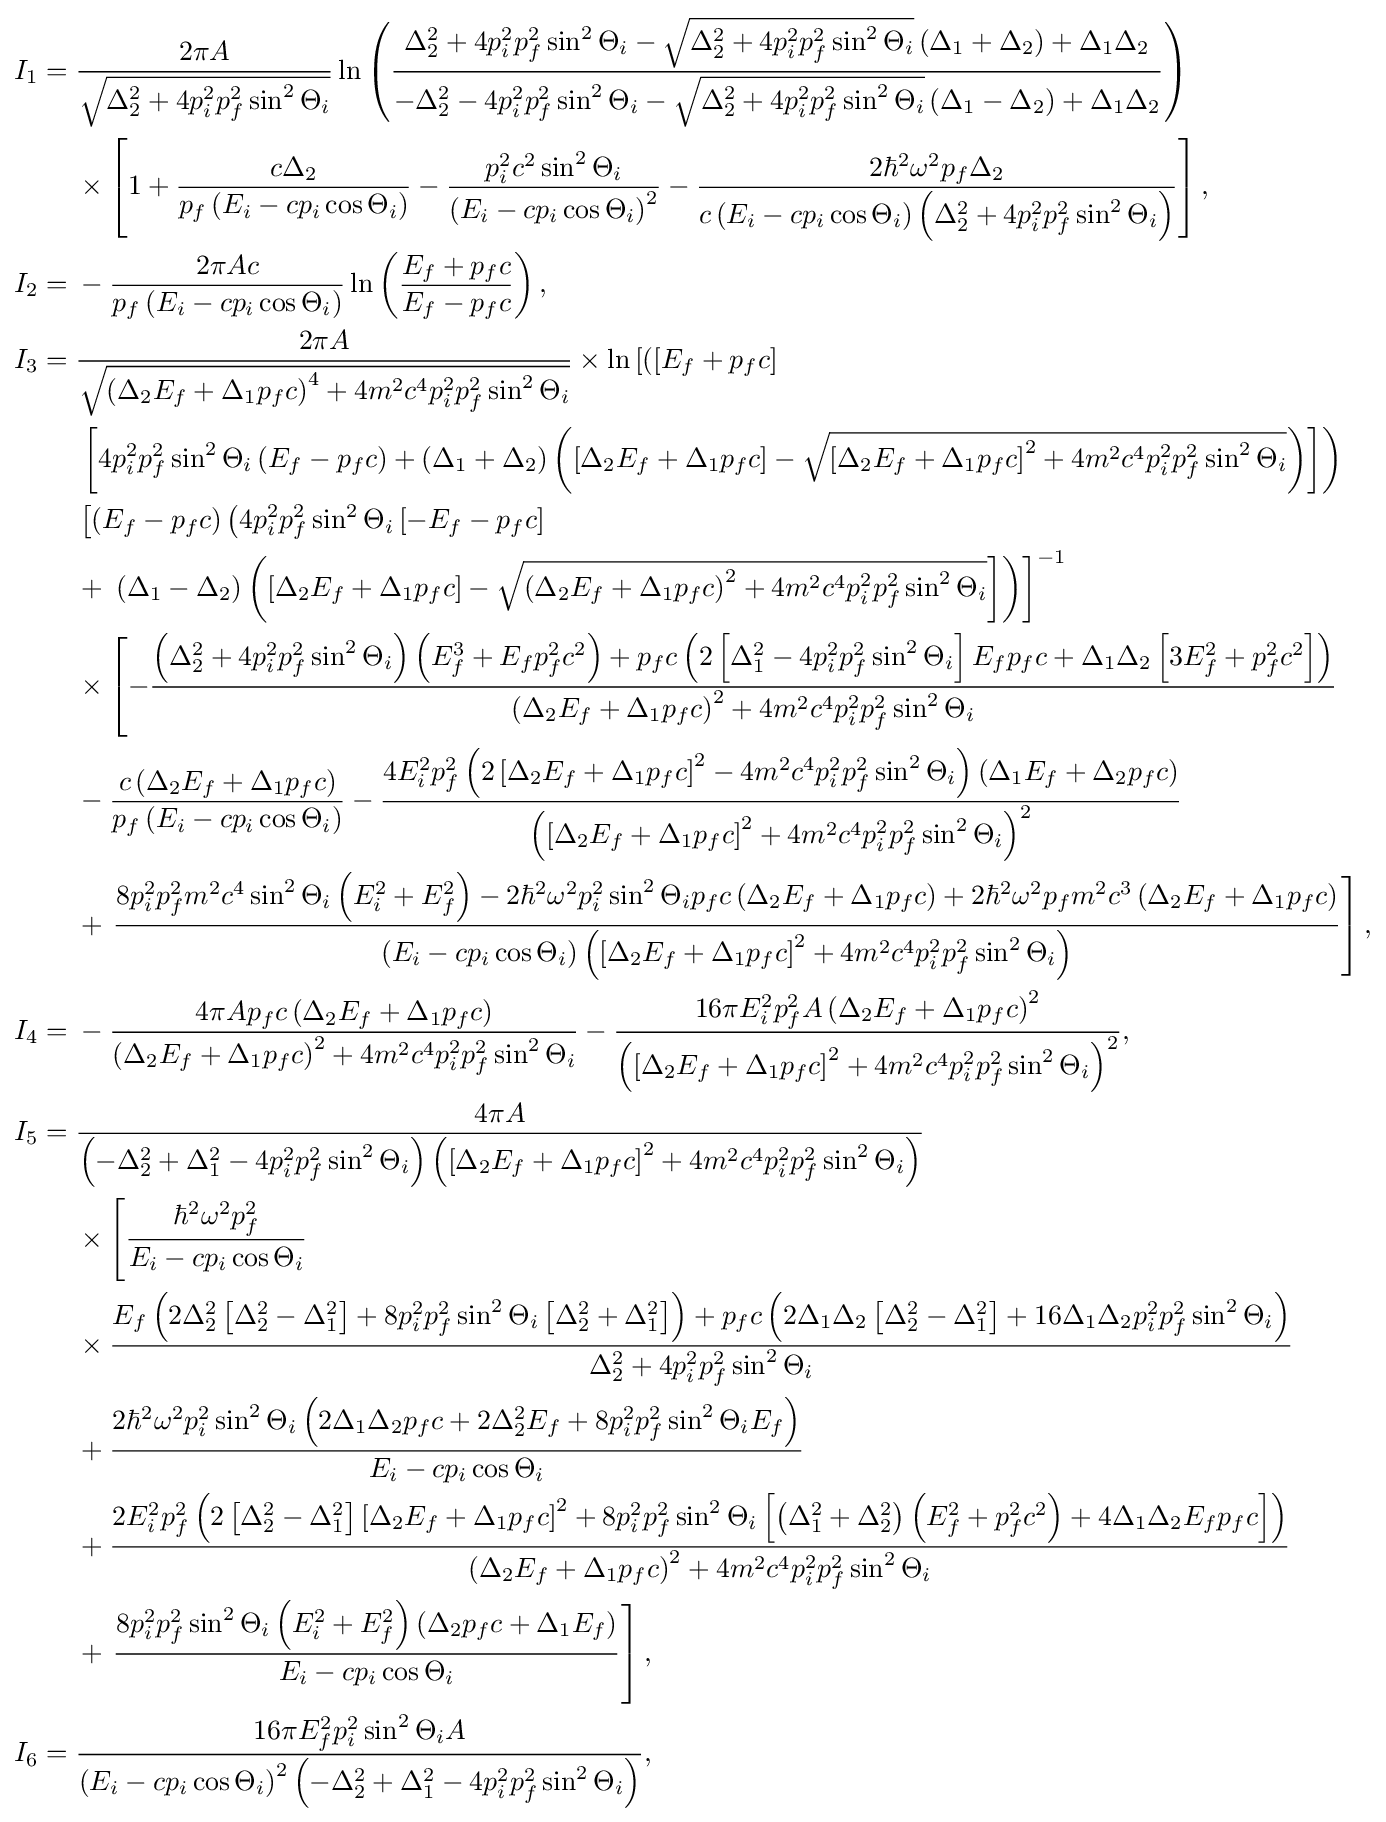
{\begin{aligned}I_{1}={}&{\frac {2\pi A}{\sqrt {\Delta _{2}^{2}+4p_{i}^{2}p_{f}^{2}\sin ^{2}\Theta _{i}}}}\ln \left({\frac {\Delta _{2}^{2}+4p_{i}^{2}p_{f}^{2}\sin ^{2}\Theta _{i}-{\sqrt {\Delta _{2}^{2}+4p_{i}^{2}p_{f}^{2}\sin ^{2}\Theta _{i}}}\left(\Delta _{1}+\Delta _{2}\right)+\Delta _{1}\Delta _{2}}{-\Delta _{2}^{2}-4p_{i}^{2}p_{f}^{2}\sin ^{2}\Theta _{i}-{\sqrt {\Delta _{2}^{2}+4p_{i}^{2}p_{f}^{2}\sin ^{2}\Theta _{i}}}\left(\Delta _{1}-\Delta _{2}\right)+\Delta _{1}\Delta _{2}}}\right)\\&{}\times \left[1+{\frac {c\Delta _{2}}{p_{f}\left(E_{i}-cp_{i}\cos \Theta _{i}\right)}}-{\frac {p_{i}^{2}c^{2}\sin ^{2}\Theta _{i}}{\left(E_{i}-cp_{i}\cos \Theta _{i}\right)^{2}}}-{\frac {2\hbar ^{2}\omega ^{2}p_{f}\Delta _{2}}{c\left(E_{i}-cp_{i}\cos \Theta _{i}\right)\left(\Delta _{2}^{2}+4p_{i}^{2}p_{f}^{2}\sin ^{2}\Theta _{i}\right)}}\right],\\I_{2}={}&-{\frac {2\pi Ac}{p_{f}\left(E_{i}-cp_{i}\cos \Theta _{i}\right)}}\ln \left({\frac {E_{f}+p_{f}c}{E_{f}-p_{f}c}}\right),\\I_{3}={}&{\frac {2\pi A}{\sqrt {\left(\Delta _{2}E_{f}+\Delta _{1}p_{f}c\right)^{4}+4m^{2}c^{4}p_{i}^{2}p_{f}^{2}\sin ^{2}\Theta _{i}}}}\times \ln \left[\left(\left[E_{f}+p_{f}c\right]\right.\right.\\&\left.\left[4p_{i}^{2}p_{f}^{2}\sin ^{2}\Theta _{i}\left(E_{f}-p_{f}c\right)+\left(\Delta _{1}+\Delta _{2}\right)\left(\left[\Delta _{2}E_{f}+\Delta _{1}p_{f}c\right]-{\sqrt {\left[\Delta _{2}E_{f}+\Delta _{1}p_{f}c\right]^{2}+4m^{2}c^{4}p_{i}^{2}p_{f}^{2}\sin ^{2}\Theta _{i}}}\right)\right]\right)\\&\left[\left(E_{f}-p_{f}c\right)\left(4p_{i}^{2}p_{f}^{2}\sin ^{2}\Theta _{i}\left[-E_{f}-p_{f}c\right]\right.\right.\\&{}+\left.\left.\left(\Delta _{1}-\Delta _{2}\right)\left(\left[\Delta _{2}E_{f}+\Delta _{1}p_{f}c\right]-{\sqrt {\left(\Delta _{2}E_{f}+\Delta _{1}p_{f}c\right)^{2}+4m^{2}c^{4}p_{i}^{2}p_{f}^{2}\sin ^{2}\Theta _{i}}}\right]\right)\right]^{-1}\\&{}\times \left[-{\frac {\left(\Delta _{2}^{2}+4p_{i}^{2}p_{f}^{2}\sin ^{2}\Theta _{i}\right)\left(E_{f}^{3}+E_{f}p_{f}^{2}c^{2}\right)+p_{f}c\left(2\left[\Delta _{1}^{2}-4p_{i}^{2}p_{f}^{2}\sin ^{2}\Theta _{i}\right]E_{f}p_{f}c+\Delta _{1}\Delta _{2}\left[3E_{f}^{2}+p_{f}^{2}c^{2}\right]\right)}{\left(\Delta _{2}E_{f}+\Delta _{1}p_{f}c\right)^{2}+4m^{2}c^{4}p_{i}^{2}p_{f}^{2}\sin ^{2}\Theta _{i}}}\right.\\&{}-{\frac {c\left(\Delta _{2}E_{f}+\Delta _{1}p_{f}c\right)}{p_{f}\left(E_{i}-cp_{i}\cos \Theta _{i}\right)}}-{\frac {4E_{i}^{2}p_{f}^{2}\left(2\left[\Delta _{2}E_{f}+\Delta _{1}p_{f}c\right]^{2}-4m^{2}c^{4}p_{i}^{2}p_{f}^{2}\sin ^{2}\Theta _{i}\right)\left(\Delta _{1}E_{f}+\Delta _{2}p_{f}c\right)}{\left(\left[\Delta _{2}E_{f}+\Delta _{1}p_{f}c\right]^{2}+4m^{2}c^{4}p_{i}^{2}p_{f}^{2}\sin ^{2}\Theta _{i}\right)^{2}}}\\&{}+\left.{\frac {8p_{i}^{2}p_{f}^{2}m^{2}c^{4}\sin ^{2}\Theta _{i}\left(E_{i}^{2}+E_{f}^{2}\right)-2\hbar ^{2}\omega ^{2}p_{i}^{2}\sin ^{2}\Theta _{i}p_{f}c\left(\Delta _{2}E_{f}+\Delta _{1}p_{f}c\right)+2\hbar ^{2}\omega ^{2}p_{f}m^{2}c^{3}\left(\Delta _{2}E_{f}+\Delta _{1}p_{f}c\right)}{\left(E_{i}-cp_{i}\cos \Theta _{i}\right)\left(\left[\Delta _{2}E_{f}+\Delta _{1}p_{f}c\right]^{2}+4m^{2}c^{4}p_{i}^{2}p_{f}^{2}\sin ^{2}\Theta _{i}\right)}}\right],\\I_{4}={}&{}-{\frac {4\pi Ap_{f}c\left(\Delta _{2}E_{f}+\Delta _{1}p_{f}c\right)}{\left(\Delta _{2}E_{f}+\Delta _{1}p_{f}c\right)^{2}+4m^{2}c^{4}p_{i}^{2}p_{f}^{2}\sin ^{2}\Theta _{i}}}-{\frac {16\pi E_{i}^{2}p_{f}^{2}A\left(\Delta _{2}E_{f}+\Delta _{1}p_{f}c\right)^{2}}{\left(\left[\Delta _{2}E_{f}+\Delta _{1}p_{f}c\right]^{2}+4m^{2}c^{4}p_{i}^{2}p_{f}^{2}\sin ^{2}\Theta _{i}\right)^{2}}},\\I_{5}={}&{\frac {4\pi A}{\left(-\Delta _{2}^{2}+\Delta _{1}^{2}-4p_{i}^{2}p_{f}^{2}\sin ^{2}\Theta _{i}\right)\left(\left[\Delta _{2}E_{f}+\Delta _{1}p_{f}c\right]^{2}+4m^{2}c^{4}p_{i}^{2}p_{f}^{2}\sin ^{2}\Theta _{i}\right)}}\\&{}\times \left[{\frac {\hbar ^{2}\omega ^{2}p_{f}^{2}}{E_{i}-cp_{i}\cos \Theta _{i}}}\right.\\&{}\times {\frac {E_{f}\left(2\Delta _{2}^{2}\left[\Delta _{2}^{2}-\Delta _{1}^{2}\right]+8p_{i}^{2}p_{f}^{2}\sin ^{2}\Theta _{i}\left[\Delta _{2}^{2}+\Delta _{1}^{2}\right]\right)+p_{f}c\left(2\Delta _{1}\Delta _{2}\left[\Delta _{2}^{2}-\Delta _{1}^{2}\right]+16\Delta _{1}\Delta _{2}p_{i}^{2}p_{f}^{2}\sin ^{2}\Theta _{i}\right)}{\Delta _{2}^{2}+4p_{i}^{2}p_{f}^{2}\sin ^{2}\Theta _{i}}}\\&{}+{\frac {2\hbar ^{2}\omega ^{2}p_{i}^{2}\sin ^{2}\Theta _{i}\left(2\Delta _{1}\Delta _{2}p_{f}c+2\Delta _{2}^{2}E_{f}+8p_{i}^{2}p_{f}^{2}\sin ^{2}\Theta _{i}E_{f}\right)}{E_{i}-cp_{i}\cos \Theta _{i}}}\\&{}+{\frac {2E_{i}^{2}p_{f}^{2}\left(2\left[\Delta _{2}^{2}-\Delta _{1}^{2}\right]\left[\Delta _{2}E_{f}+\Delta _{1}p_{f}c\right]^{2}+8p_{i}^{2}p_{f}^{2}\sin ^{2}\Theta _{i}\left[\left(\Delta _{1}^{2}+\Delta _{2}^{2}\right)\left(E_{f}^{2}+p_{f}^{2}c^{2}\right)+4\Delta _{1}\Delta _{2}E_{f}p_{f}c\right]\right)}{\left(\Delta _{2}E_{f}+\Delta _{1}p_{f}c\right)^{2}+4m^{2}c^{4}p_{i}^{2}p_{f}^{2}\sin ^{2}\Theta _{i}}}\\&{}+\left.{\frac {8p_{i}^{2}p_{f}^{2}\sin ^{2}\Theta _{i}\left(E_{i}^{2}+E_{f}^{2}\right)\left(\Delta _{2}p_{f}c+\Delta _{1}E_{f}\right)}{E_{i}-cp_{i}\cos \Theta _{i}}}\right],\\I_{6}={}&{\frac {16\pi E_{f}^{2}p_{i}^{2}\sin ^{2}\Theta _{i}A}{\left(E_{i}-cp_{i}\cos \Theta _{i}\right)^{2}\left(-\Delta _{2}^{2}+\Delta _{1}^{2}-4p_{i}^{2}p_{f}^{2}\sin ^{2}\Theta _{i}\right)}},\end{aligned}}